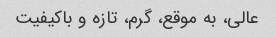
عالی، به موقع، گرم، تازه و باکیفیت